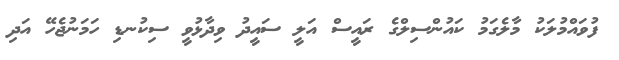
ފުވައްމުލަކު މާލެގަމު ކައުންސިލްގެ ރައީސް އަލީ ސައީދު ވިދާޅުވީ ސިކުނޑި ހަމަނުޖެހޭ އަދި